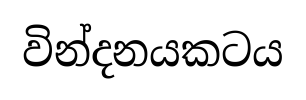
වින්දනයකටය